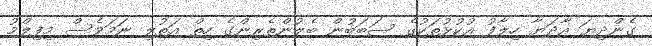
ގެންދިޔަ އާދަޔާ ހިލާފު އުކުޅުތަކުގެ ސަބަބުން ބެލުންތެރިންގެ ހިތް އަތުލި ނަމަވެސް މިފިލްމު